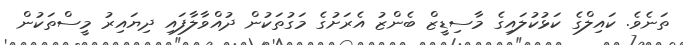
ތަނެވެ. ކައިލްގެ ކަޅުކުލައިގެ މާސިޑީޒް ބެންޒު އެރަށުގެ މަގުތަކުން ދުއްވާލާފައި ދިޔައިރު މީސްތަކުން